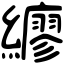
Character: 𦆲